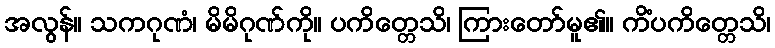
အလွန်။ သကဂုဏံ၊ မိမိဂုဏ်ကို။ ပကိတ္တေသိ၊ ကြားတော်မူ၏။ ကိံပကိတ္တေသိ၊